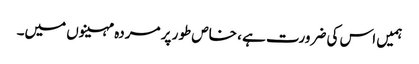
ہمیں اس کی ضرورت ہے ، خاص طور پر مردہ مہینوں میں۔